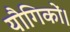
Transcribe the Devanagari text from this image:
यौगिकों।